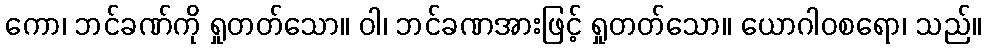
ကော၊ ဘင်ခဏ်ကို ရှုတတ်သော။ ဝါ၊ ဘင်ခဏအားဖြင့် ရှုတတ်သော။ ယောဂါဝစရော၊ သည်။